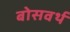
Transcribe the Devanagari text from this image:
बोसवर्थ